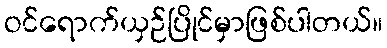
ဝင်ရောက်ယှဉ်ပြိုင်မှာဖြစ်ပါတယ်။